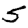
Digit: 5